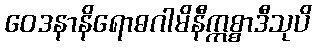
ဝေဒနာနိရောဓဂါမိနီဣစ္စာဒီသုပိ